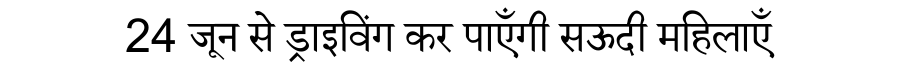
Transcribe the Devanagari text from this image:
24 जून से ड्राइविंग कर पाएँगी सऊदी महिलाएँ